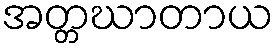
အတ္တဃာတာယ